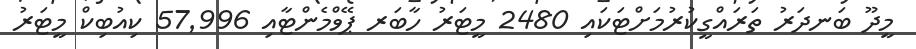
މީދޫ ބަނދަރު ތަރައްގީކުރުމަށްޓަކައި 2480 މީޓަރު ހާބަރ ޕޭވްމެންޓާއި 57